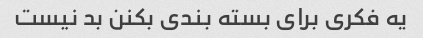
یه فکری برای بسته بندی بکنن بد نیست